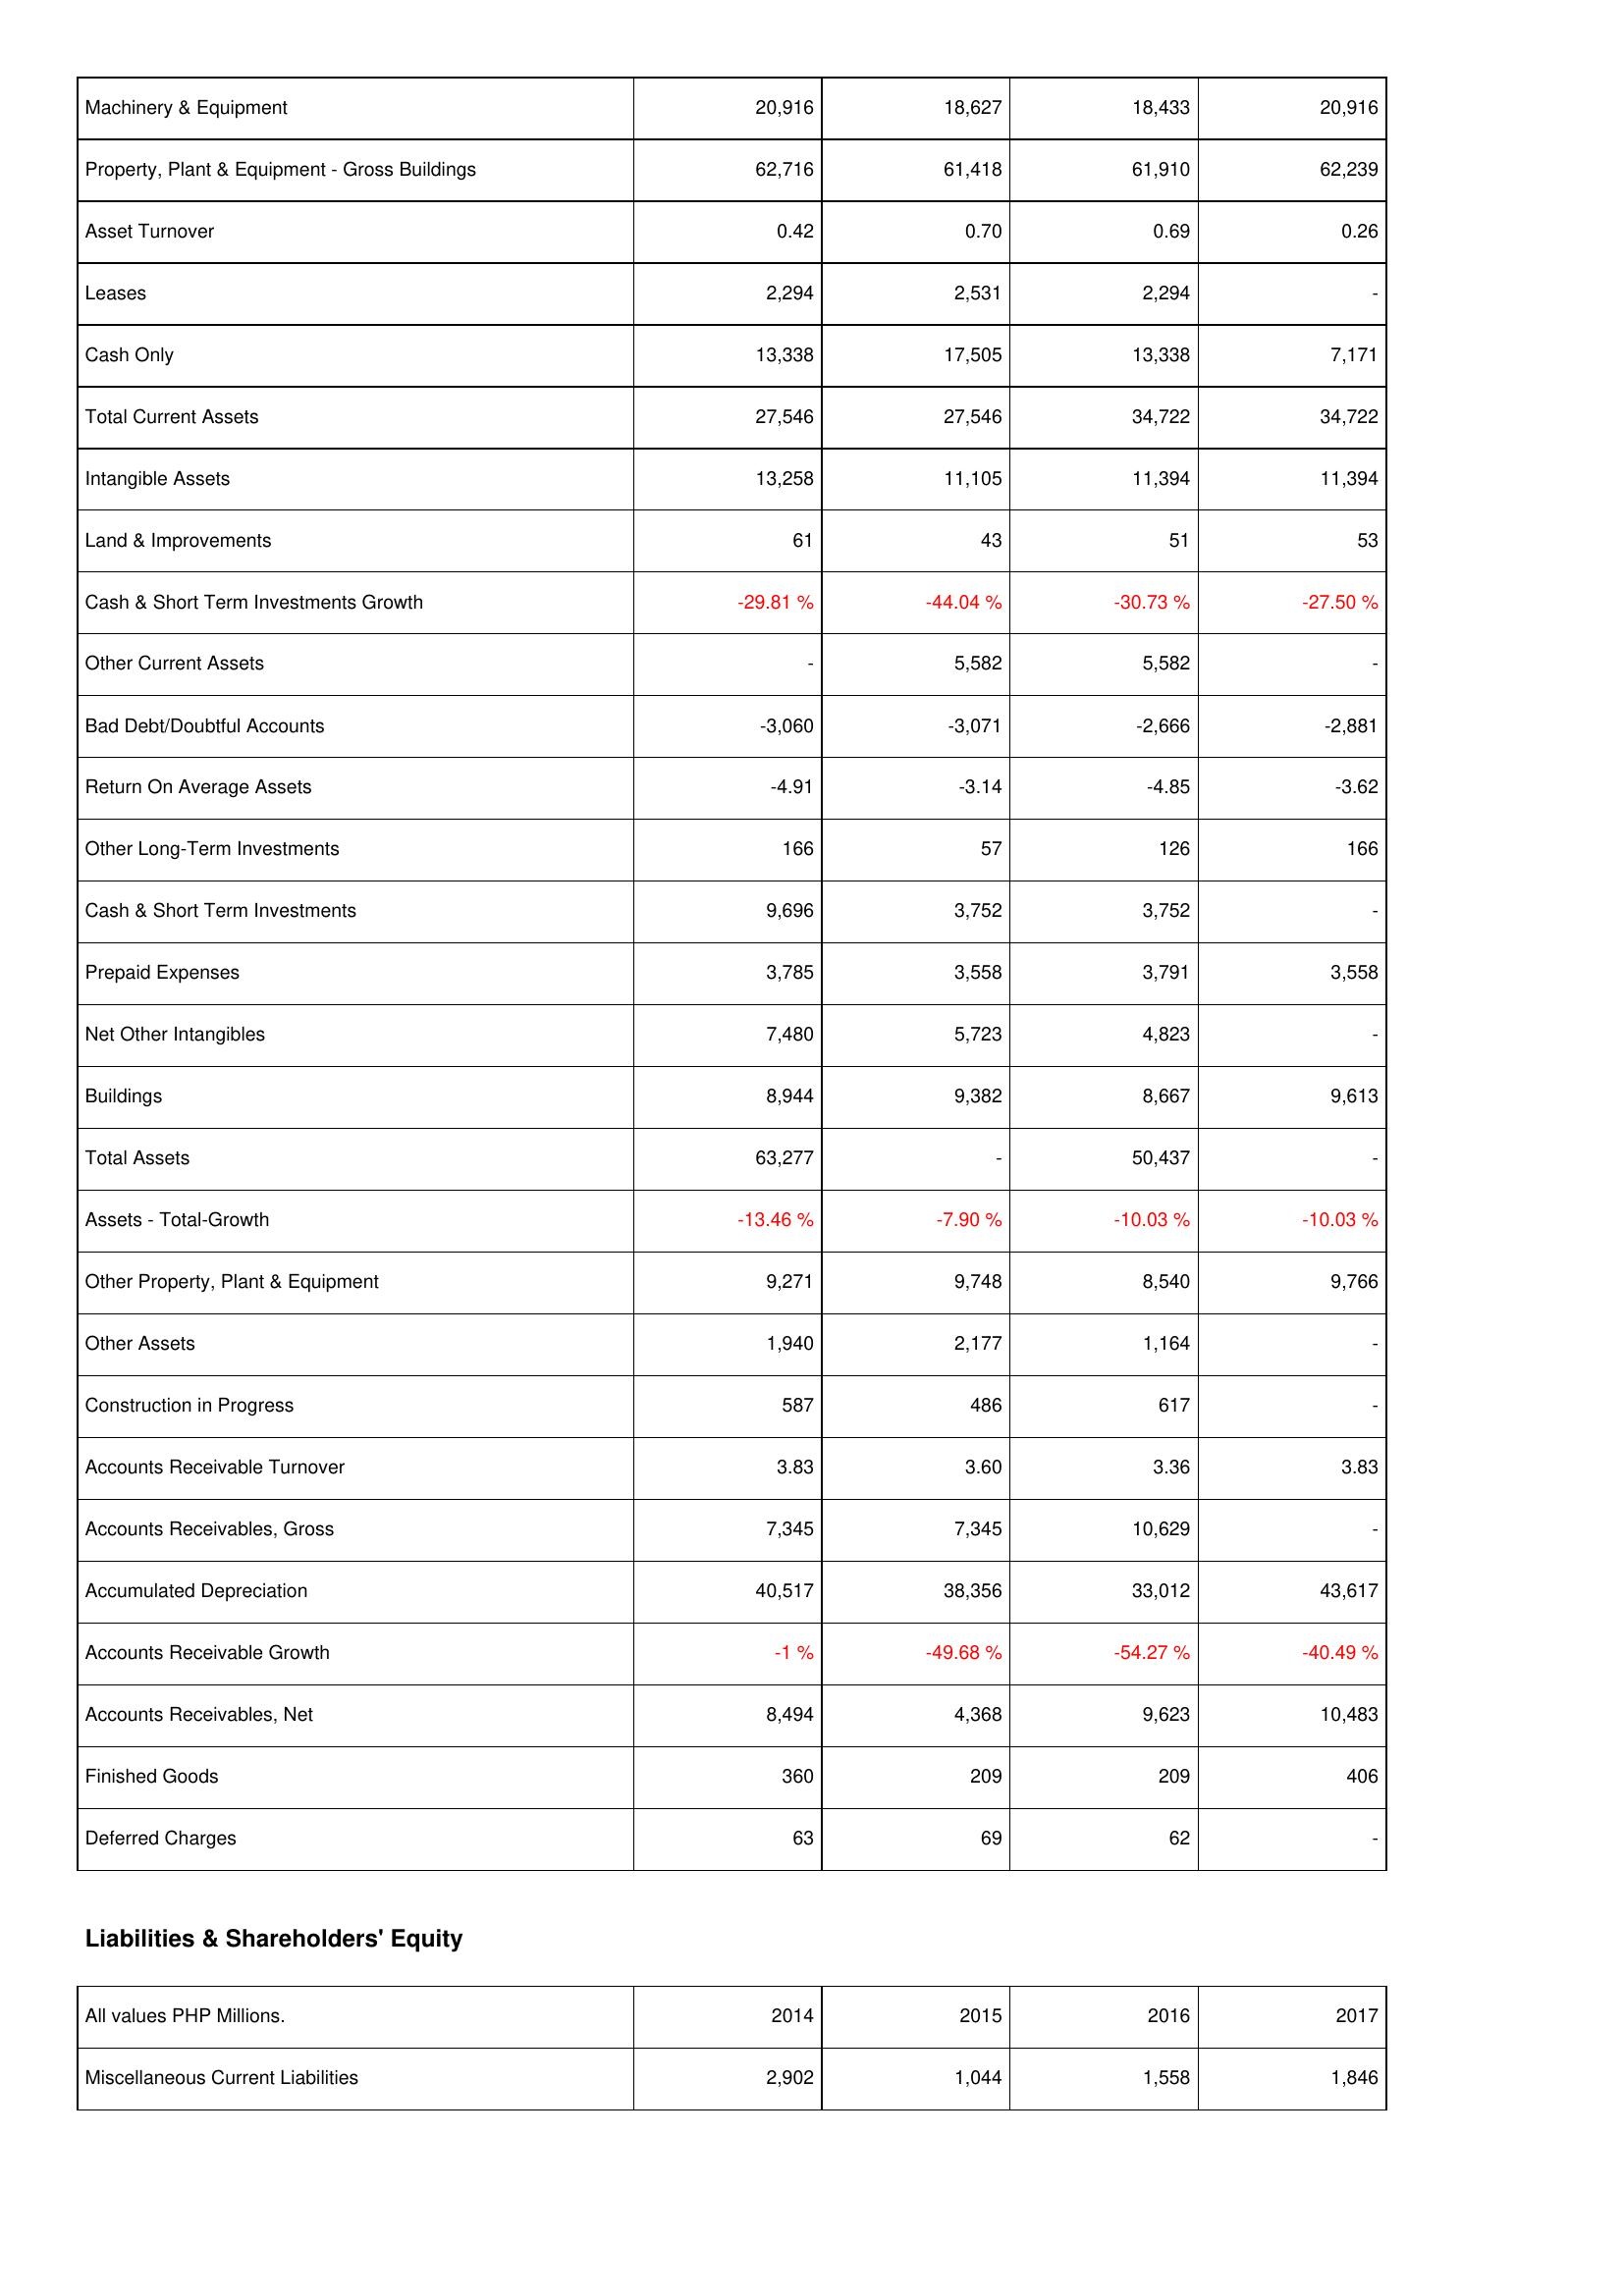
2014: Assets: Machinery & Equipment: 20,916
Property, Plant & Equipment - Gross Buildings: 62,716
Asset Turnover: 0.42
Leases: 2,294
Cash Only: 13,338
Total Current Assets: 27,546
Intangible Assets: 13,258
Land & Improvements: 61
Cash & Short Term Investments Growth: -29.81 %
Other Current Assets: -
Bad Debt/Doubtful Accounts: -3,060
Return On Average Assets: -4.91
Other Long-Term Investments: 166
Cash & Short Term Investments: 9,696
Prepaid Expenses: 3,785
Net Other Intangibles: 7,480
Buildings: 8,944
Total Assets: 63,277
Assets - Total-Growth: -13.46 %
Other Property, Plant & Equipment: 9,271
Other Assets: 1,940
Construction in Progress: 587
Accounts Receivable Turnover: 3.83
Accounts Receivables, Gross: 7,345
Accumulated Depreciation: 40,517
Accounts Receivable Growth: -1 %
Accounts Receivables, Net: 8,494
Finished Goods: 360
Deferred Charges: 63
Liabilities & Shareholders' Equity: Miscellaneous Current Liabilities: 2,902
2015: Assets: Machinery & Equipment: 18,627
Property, Plant & Equipment - Gross Buildings: 61,418
Asset Turnover: 0.70
Leases: 2,531
Cash Only: 17,505
Total Current Assets: 27,546
Intangible Assets: 11,105
Land & Improvements: 43
Cash & Short Term Investments Growth: -44.04 %
Other Current Assets: 5,582
Bad Debt/Doubtful Accounts: -3,071
Return On Average Assets: -3.14
Other Long-Term Investments: 57
Cash & Short Term Investments: 3,752
Prepaid Expenses: 3,558
Net Other Intangibles: 5,723
Buildings: 9,382
Total Assets: -
Assets - Total-Growth: -7.90 %
Other Property, Plant & Equipment: 9,748
Other Assets: 2,177
Construction in Progress: 486
Accounts Receivable Turnover: 3.60
Accounts Receivables, Gross: 7,345
Accumulated Depreciation: 38,356
Accounts Receivable Growth: -49.68 %
Accounts Receivables, Net: 4,368
Finished Goods: 209
Deferred Charges: 69
Liabilities & Shareholders' Equity: Miscellaneous Current Liabilities: 1,044
2016: Assets: Machinery & Equipment: 18,433
Property, Plant & Equipment - Gross Buildings: 61,910
Asset Turnover: 0.69
Leases: 2,294
Cash Only: 13,338
Total Current Assets: 34,722
Intangible Assets: 11,394
Land & Improvements: 51
Cash & Short Term Investments Growth: -30.73 %
Other Current Assets: 5,582
Bad Debt/Doubtful Accounts: -2,666
Return On Average Assets: -4.85
Other Long-Term Investments: 126
Cash & Short Term Investments: 3,752
Prepaid Expenses: 3,791
Net Other Intangibles: 4,823
Buildings: 8,667
Total Assets: 50,437
Assets - Total-Growth: -10.03 %
Other Property, Plant & Equipment: 8,540
Other Assets: 1,164
Construction in Progress: 617
Accounts Receivable Turnover: 3.36
Accounts Receivables, Gross: 10,629
Accumulated Depreciation: 33,012
Accounts Receivable Growth: -54.27 %
Accounts Receivables, Net: 9,623
Finished Goods: 209
Deferred Charges: 62
Liabilities & Shareholders' Equity: Miscellaneous Current Liabilities: 1,558
2017: Assets: Machinery & Equipment: 20,916
Property, Plant & Equipment - Gross Buildings: 62,239
Asset Turnover: 0.26
Leases: -
Cash Only: 7,171
Total Current Assets: 34,722
Intangible Assets: 11,394
Land & Improvements: 53
Cash & Short Term Investments Growth: -27.50 %
Other Current Assets: -
Bad Debt/Doubtful Accounts: -2,881
Return On Average Assets: -3.62
Other Long-Term Investments: 166
Cash & Short Term Investments: -
Prepaid Expenses: 3,558
Net Other Intangibles: -
Buildings: 9,613
Total Assets: -
Assets - Total-Growth: -10.03 %
Other Property, Plant & Equipment: 9,766
Other Assets: -
Construction in Progress: -
Accounts Receivable Turnover: 3.83
Accounts Receivables, Gross: -
Accumulated Depreciation: 43,617
Accounts Receivable Growth: -40.49 %
Accounts Receivables, Net: 10,483
Finished Goods: 406
Deferred Charges: -
Liabilities & Shareholders' Equity: Miscellaneous Current Liabilities: 1,846